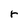
Character: r